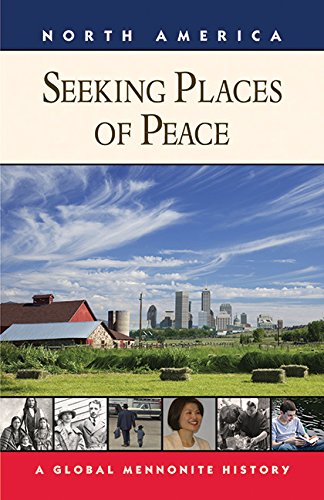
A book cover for Seeking Places of Peace: A Global Mennonite History; Royden Loewen; Christian Books & Bibles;